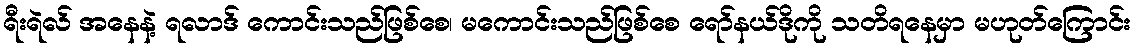
ရီးရဲလ် အနေနဲ့ ရလာဒ် ကောင်းသည်ဖြစ်စေ၊ မကောင်းသည်ဖြစ်စေ ရော်နယ်ဒိုကို သတိရနေမှာ မဟုတ်ကြောင်း